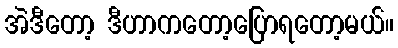
အဲဒီတော့ ဒီဟာကတော့ပြောရတော့မယ်။